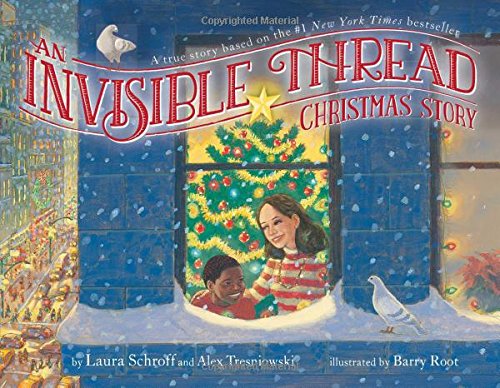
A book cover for An Invisible Thread Christmas Story: A true story based on the #1 New York Times bestseller; Laura Schroff; Children's Books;